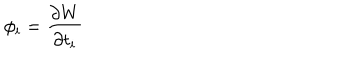
\phi _ { i } = \frac { \partial W } { \partial t _ { i } }